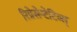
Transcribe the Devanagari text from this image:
रिप्रेसेन्टेटिव्स्